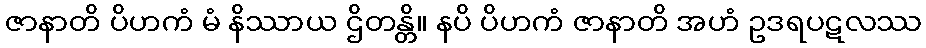
ဇာနာတိ ပိဟကံ မံ နိဿာယ ဌိတန္တိ။ နပိ ပိဟကံ ဇာနာတိ အဟံ ဥဒရပဋလဿ